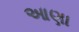
આણા